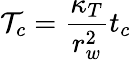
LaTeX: \mathcal{T}_{c}=\frac{\kappa_{T}}{r_{w}^{2}}t_{c}